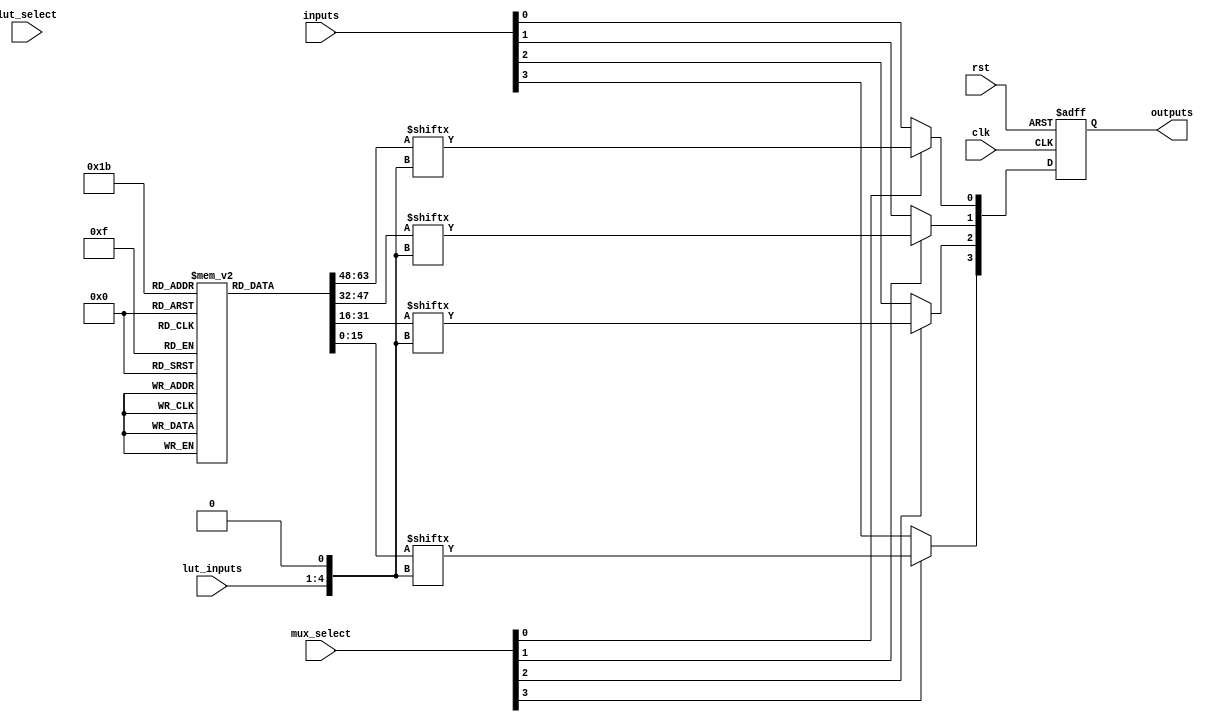
module ConfigurableLogicBlock (
    input  wire [3:0] lut_select,      // Select signal for LUT
    input  wire [3:0] lut_inputs,      // Inputs to the LUT
    input  wire [3:0] mux_select,      // Select signal for MUX
    input  wire clk,                   // Clock signal for registers
    input  wire rst,                   // Reset signal
    input  wire [3:0] inputs,          // External inputs for the CLB
    output wire [3:0] outputs          // Output from the CLB
);

    // LUTs implementation (4 LUTs, each with 16 possible configurations)
    reg [15:0] lut [3:0];             // 4 LUTs that can store 16 values
    wire [3:0] lut_out;               // Outputs from the LUTs

    // Initialization of LUTs with example values (truth tables)
    initial begin
        // Example LUT configurations (truth table values)
        lut[0] = 16'b0001100000000000; // LUT0 configuration
        lut[1] = 16'b0000000011111111; // LUT1 configuration
        lut[2] = 16'b1111000000000000; // LUT2 configuration
        lut[3] = 16'b1100110011001100; // LUT3 configuration
    end

    // Implementing LUT operation
    genvar i;
    generate
        for (i = 0; i < 4; i = i + 1) begin : lut_evaluations
            assign lut_out[i] = lut[i][{lut_inputs, 1'b0}]; // Simplified addressing
        end
    endgenerate

    // MUX to select outputs from LUTs or direct inputs
    wire [3:0] mux_out;
    generate
        for (i = 0; i < 4; i = i + 1) begin : mux_selection
            assign mux_out[i] = (mux_select[i]) ? lut_out[i] : inputs[i];
        end
    endgenerate

    // Register to store output values
    reg [3:0] reg_out;

    // Control logic for storing outputs into registers
    always @(posedge clk or posedge rst) begin
        if (rst) begin
            reg_out <= 4'b0000; // Reset output
        end else begin
            reg_out <= mux_out; // Store MUX output to register
        end
    end

    // Final output buffer
    assign outputs = reg_out; // Output from the CLB

endmodule